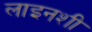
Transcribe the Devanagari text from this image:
लाइनशी